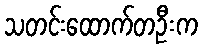
သတင်းထောက်တဦးက